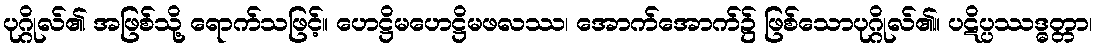
ပုဂ္ဂိုလ်၏ အဖြစ်သို့ ရောက်သဖြင့်။ ဟေဋ္ဌိမဟေဋ္ဌိမဖလဿ၊ အောက်အောက်၌ ဖြစ်သောပုဂ္ဂိုလ်၏။ ပဋိပ္ပဿဒ္ဓတ္တာ၊